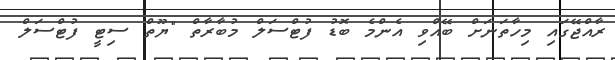
ރާއްޖޭގައި މިހާތަނަށް ބޭއްވި އެންމެ ބޮޑު ފުޓްސަލް މުބާރާތް "ޔޫތް ސިޓީ ފުޓްސަލް